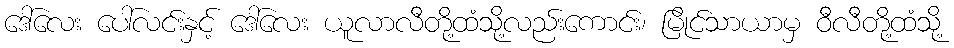
ဒေါ်လေး ပေါ်လင်းနှင့် ဒေါ်လေး ယူလာလီတို့ထံသို့လည်းကောင်း၊ မြိုင်သာယာမှ ဝီလီတို့ထံသို့